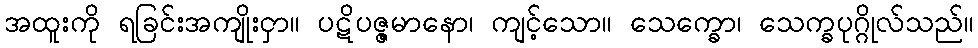
အထူးကို ရခြင်းအကျိုးငှာ။ ပဋိပဇ္ဇမာနော၊ ကျင့်သော။ သေက္ခော၊ သေက္ခပုဂ္ဂိုလ်သည်။